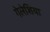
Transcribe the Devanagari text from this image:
गेलेशिया